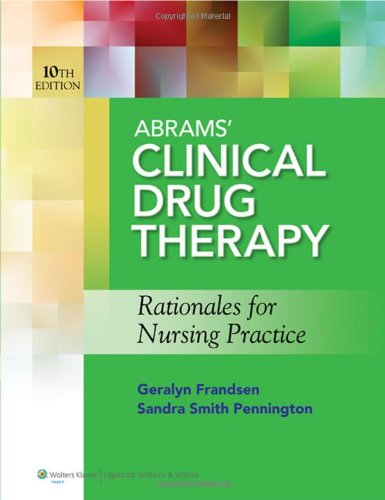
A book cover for Abrams' Clinical Drug Therapy: Rationales for Nursing Practice; Geralyn Frandsen EdD  RN; Medical Books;